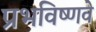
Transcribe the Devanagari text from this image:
प्रभविष्णवे